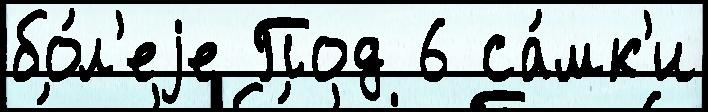
бо́л'еjе Под 6 са́мк'и